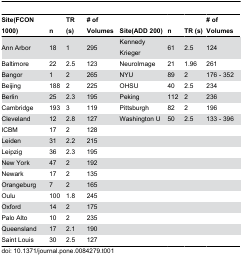
<table><thead><tr><td><b>Site(FCON 1000)</b></td><td><b>n</b></td><td><b>TR (s)</b></td><td><b># of Volumes</b></td><td><b>Site(ADD 200)</b></td><td><b>n</b></td><td><b>TR (s)</b></td><td><b># of Volumes</b></td></tr></thead><tbody><tr><td>Ann Arbor</td><td>18</td><td>1</td><td>295</td><td>Kennedy Krieger</td><td>61</td><td>2.5</td><td>124</td></tr><tr><td>Baltimore</td><td>22</td><td>2.5</td><td>123</td><td>NeuroImage</td><td>21</td><td>1.96</td><td>261</td></tr><tr><td>Bangor</td><td>1</td><td>2</td><td>265</td><td>NYU</td><td>89</td><td>2</td><td>176 - 352</td></tr><tr><td>Beijing</td><td>188</td><td>2</td><td>225</td><td>OHSU</td><td>40</td><td>2.5</td><td>234</td></tr><tr><td>Berlin</td><td>25</td><td>2.3</td><td>195</td><td>Peking</td><td>112</td><td>2</td><td>236</td></tr><tr><td>Cambridge</td><td>193</td><td>3</td><td>119</td><td>Pittsburgh</td><td>82</td><td>2</td><td>196</td></tr><tr><td>Cleveland</td><td>12</td><td>2.8</td><td>127</td><td>Washington U</td><td>50</td><td>2.5</td><td>133 - 396</td></tr><tr><td>ICBM</td><td>17</td><td>2</td><td>128</td><td>[EMPTY_CELL]</td><td>[EMPTY_CELL]</td><td>[EMPTY_CELL]</td><td>[EMPTY_CELL]</td></tr><tr><td>Leiden</td><td>31</td><td>2.2</td><td>215</td><td>[EMPTY_CELL]</td><td>[EMPTY_CELL]</td><td>[EMPTY_CELL]</td><td>[EMPTY_CELL]</td></tr><tr><td>Leipzig</td><td>36</td><td>2.3</td><td>195</td><td>[EMPTY_CELL]</td><td>[EMPTY_CELL]</td><td>[EMPTY_CELL]</td><td>[EMPTY_CELL]</td></tr><tr><td>New York</td><td>47</td><td>2</td><td>192</td><td>[EMPTY_CELL]</td><td>[EMPTY_CELL]</td><td>[EMPTY_CELL]</td><td>[EMPTY_CELL]</td></tr><tr><td>Newark</td><td>17</td><td>2</td><td>135</td><td>[EMPTY_CELL]</td><td>[EMPTY_CELL]</td><td>[EMPTY_CELL]</td><td>[EMPTY_CELL]</td></tr><tr><td>Orangeburg</td><td>7</td><td>2</td><td>165</td><td>[EMPTY_CELL]</td><td>[EMPTY_CELL]</td><td>[EMPTY_CELL]</td><td>[EMPTY_CELL]</td></tr><tr><td>Oulu</td><td>100</td><td>1.8</td><td>245</td><td>[EMPTY_CELL]</td><td>[EMPTY_CELL]</td><td>[EMPTY_CELL]</td><td>[EMPTY_CELL]</td></tr><tr><td>Oxford</td><td>14</td><td>2</td><td>175</td><td>[EMPTY_CELL]</td><td>[EMPTY_CELL]</td><td>[EMPTY_CELL]</td><td>[EMPTY_CELL]</td></tr><tr><td>Palo Alto</td><td>10</td><td>2</td><td>235</td><td>[EMPTY_CELL]</td><td>[EMPTY_CELL]</td><td>[EMPTY_CELL]</td><td>[EMPTY_CELL]</td></tr><tr><td>Queensland</td><td>17</td><td>2.1</td><td>190</td><td>[EMPTY_CELL]</td><td>[EMPTY_CELL]</td><td>[EMPTY_CELL]</td><td>[EMPTY_CELL]</td></tr><tr><td>Saint Louis</td><td>30</td><td>2.5</td><td>127</td><td>[EMPTY_CELL]</td><td>[EMPTY_CELL]</td><td>[EMPTY_CELL]</td><td>[EMPTY_CELL]</td></tr></tbody></table>